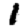
Digit: 1